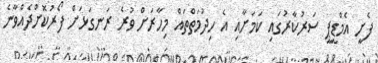
ފެށީ އެމްޑީޕީ ސަރުކާރުގައި ކަމަށާއި އެ ހިދުމަތްތައް މިހާރަށް ވުރެ ރަނގަޅަށް ފޯރުކޮށްދެއްވާނެ